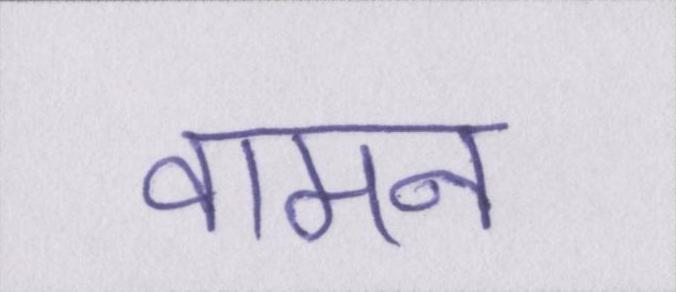
वामन